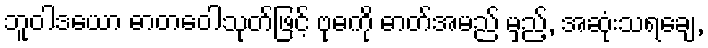
ဘူဝါဒယော ဓာတဝေါသုတ်ဖြင့် ဗုဓကို ဓာတ်အမည် မှည့်, အဆုံးသရချေ,